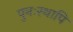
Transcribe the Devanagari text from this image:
पुनःस्थापि